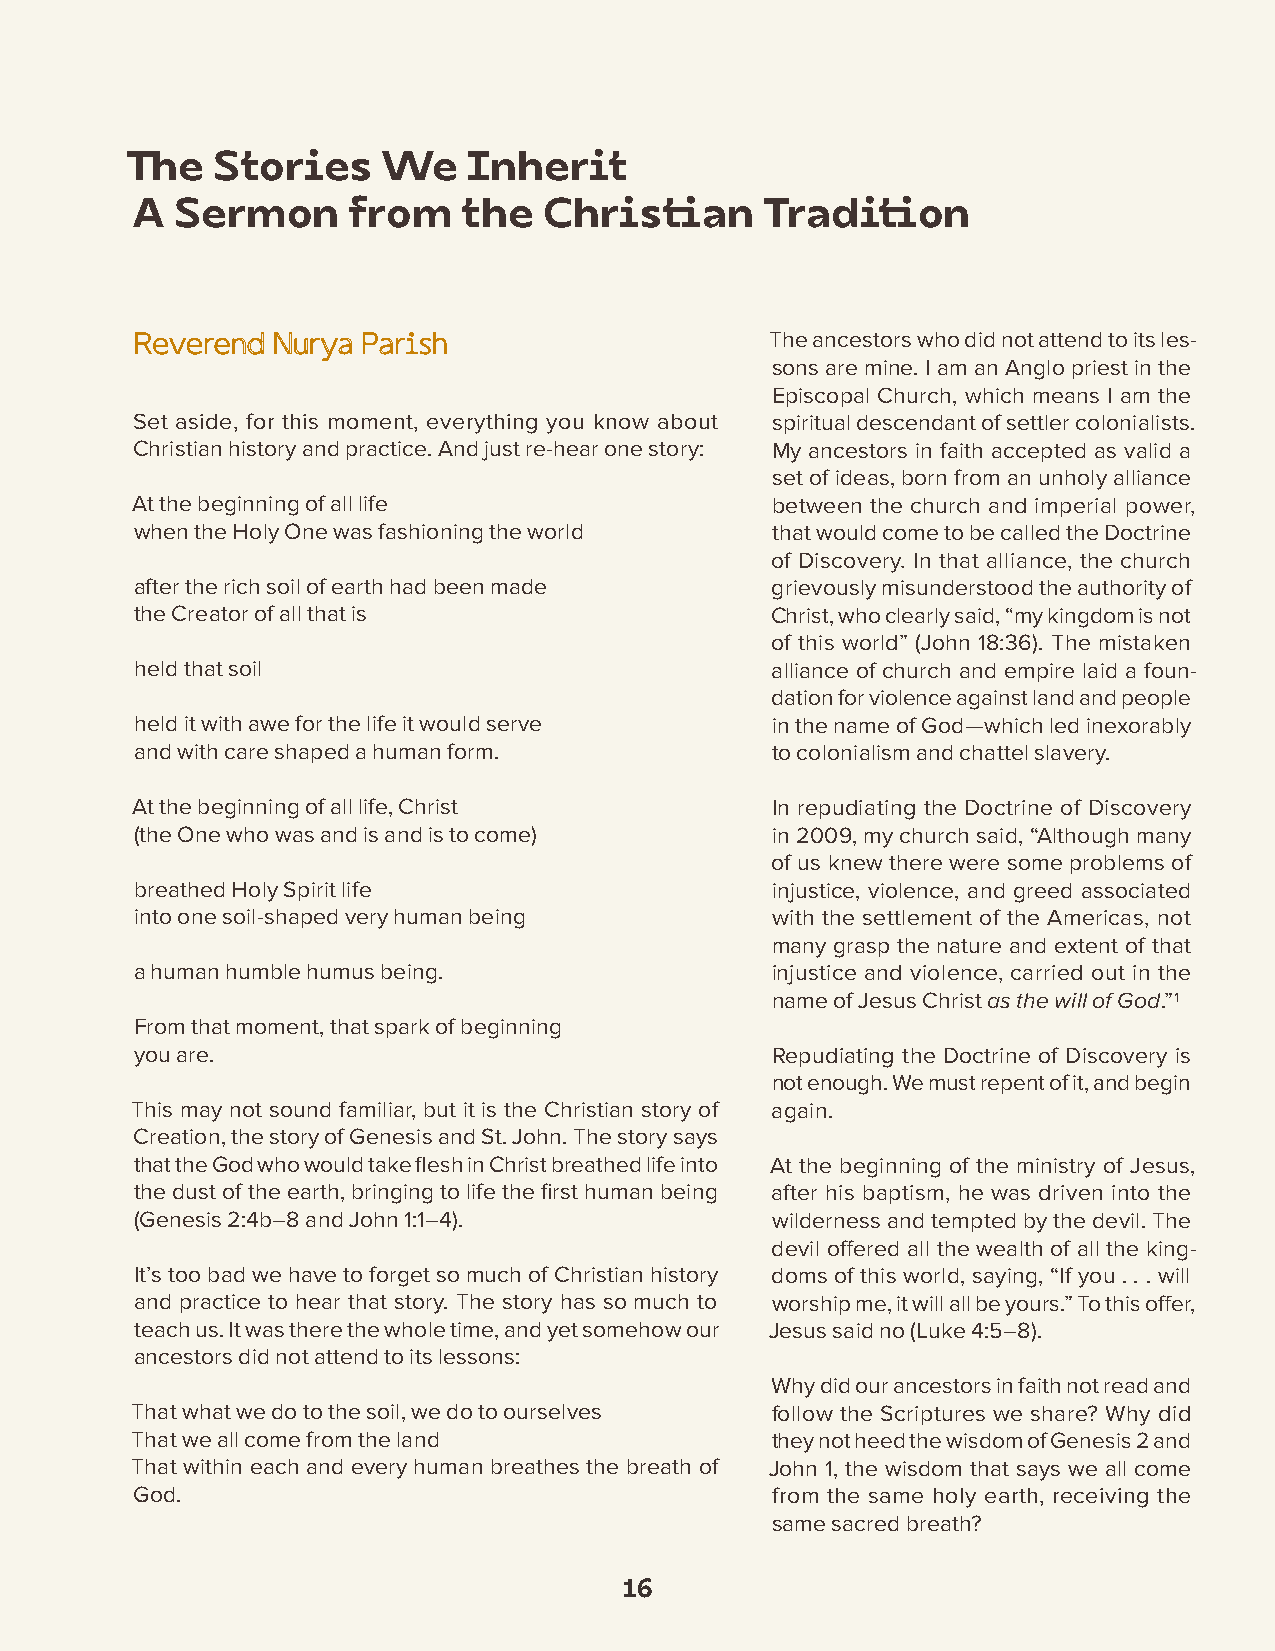
The   Stories    We    Inherit
 A  Sermon     from    the  Christian      Tradition
 RReevveerreenndd NNuurryyaa PPaarriisshh  The ancestors who did not attend to its les-
 sons are mine. I am an Anglo priest in the
 Episcopal Church, which means I am the
 Set aside, for this moment, everything you know about spiritual descendant of settler colonialists.
 Christian history and practice. And just re-hear one story: My ancestors in faith accepted as valid a
 set of ideas, born from an unholy alliance
 At the beginning of all life              between the church and imperial power,
 when the Holy One was fashioning the world that would come to be called the Doctrine
 of Discovery. In that alliance, the church
 after the rich soil of earth had been made grievously misunderstood the authority of
 the Creator of all that is                Christ, who clearly said, “my kingdom is not
 of this world” (John 18:36). The mistaken
 held that soil                            alliance of church and empire laid a foun-
 dation for violence against land and people
 held it with awe for the life it would serve in the name of God—which led inexorably
 and with care shaped a human form.        to colonialism and chattel slavery.
 At the beginning of all life, Christ      In repudiating the Doctrine of Discovery
 (the One who was and is and is to come)   in 2009, my church said, “Although many
 of us knew there were some problems of
 breathed Holy Spirit life                 injustice, violence, and greed associated
 into one soil-shaped very human being     with the settlement of the Americas, not
 many grasp the nature and extent of that
 a human humble humus being.               injustice and violence, carried out in the
 name of Jesus Christ as the will of God.”1
 From that moment, that spark of beginning
 you are.                                  Repudiating the Doctrine of Discovery is
 not enough. We must repent of it, and begin
 This may not sound familiar, but it is the Christian story of again.
 Creation, the story of Genesis and St. John. The story says
 that the God who would take flesh in Christ breathed life into At the beginning of the ministry of Jesus,
 the dust of the earth, bringing to life the first human being after his baptism, he was driven into the
 (Genesis 2:4b–8 and John 1:1–4).          wilderness and tempted by the devil. The
 devil offered all the wealth of all the king-
 It’s too bad we have to forget so much of Christian history doms of this world, saying, “If you . . . will
 and practice to hear that story. The story has so much to worship me, it will all be yours.” To this offer,
 teach us. It was there the whole time, and yet somehow our Jesus said no (Luke 4:5–8).
 ancestors did not attend to its lessons:
 Why did our ancestors in faith not read and
 That what we do to the soil, we do to ourselves follow the Scriptures we share? Why did
 That we all come from the land            they not heed the wisdom of Genesis 2 and
 That within each and every human breathes the breath of John 1, the wisdom that says we all come
 God.                                      from the same holy earth, receiving the
 same sacred breath?
 16